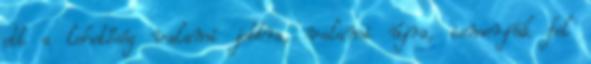
ott a lehetőség valami jobbra, valami újra, ismerjük fel